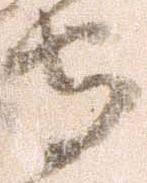
守